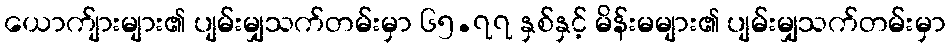
ယောက်ျားများ၏ ပျမ်းမျှသက်တမ်းမှာ ၆၅.၇၇ နှစ်နှင့် မိန်းမများ၏ ပျမ်းမျှသက်တမ်းမှာ